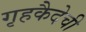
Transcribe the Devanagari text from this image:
गृहकैदेची